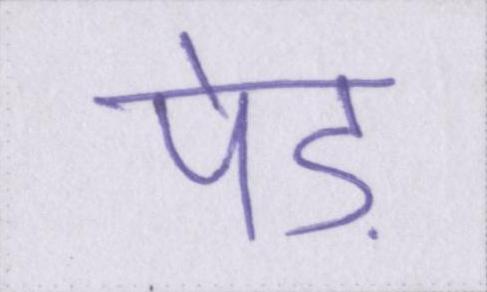
पेड़